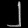
Digit: ၂